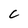
Character: G